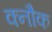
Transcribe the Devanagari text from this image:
क्नौक